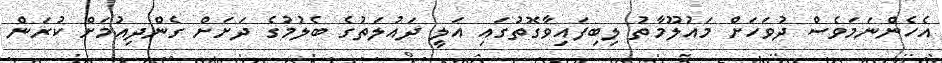
އެހެންނަމަވެސް ދުވަހަށް މައުލޫމާތު ލިބިފައިވާގޮތުގައި އަލީ ދައުލަތުގެ ބެލުމުގެ ދަށަށް ގެންދިއުމަށް ކުރަން